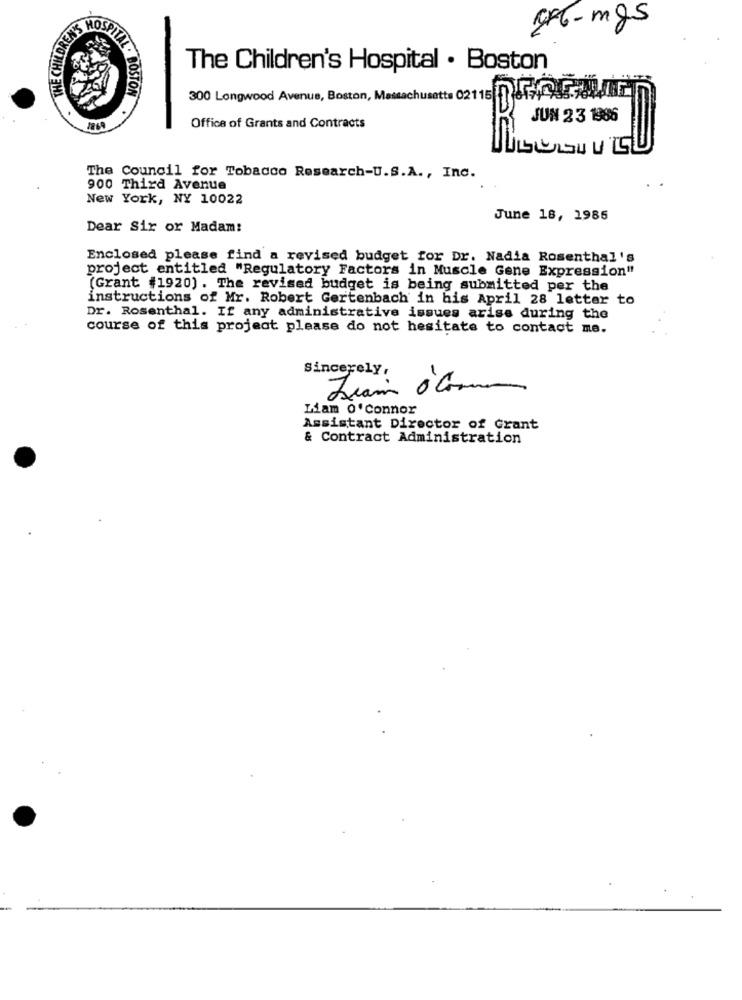
THE CHILDREN'S
HOS
476-mgs
ITAL .
The Children's Hospital . Boston
300 Longwood Avenue, Boston, Massachusetts 02115 55435
JUN 23 1986
2749
Office of Grants and Contracts
The Council for Tobacco Research-U.S.A ., Inc.
900 Third Avenue
New York, NY 10022
June 18, 1985
Dear Sir or Madam:
Enclosed please find a revised budget for Dr. Nadia Rosenthal's
project entitled "Regulatory Factors in Muscle Gene Expression"
(Grant #1920) . The revised budget is being submitted per the
instructions of Mr. Robert Gertenbach in his April 28 letter to
Dr. Rosenthal. If any administrative issues arise during the
course of this project please do not hesitate to contact me.
Sincerely,
-
Liam o'connor
Assistant Director of Grant
& Contract Administration